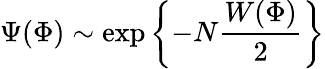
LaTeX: \Psi(\Phi)\sim\exp\left\{ -N\frac{W(\Phi)}{2}\right\}